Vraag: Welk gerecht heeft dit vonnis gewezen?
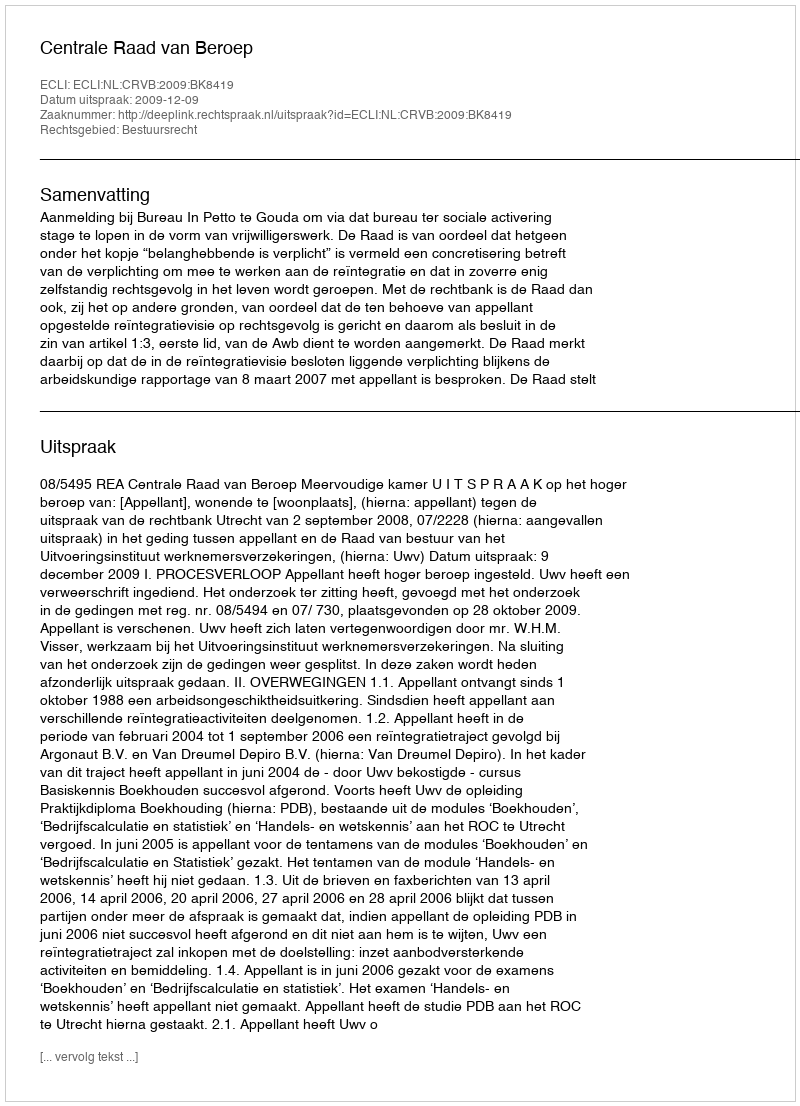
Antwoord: Centrale Raad van Beroep